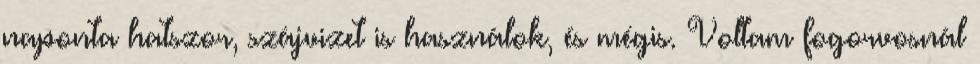
naponta hatszor, szájvizet is használok, és mégis. Voltam fogorvosnál